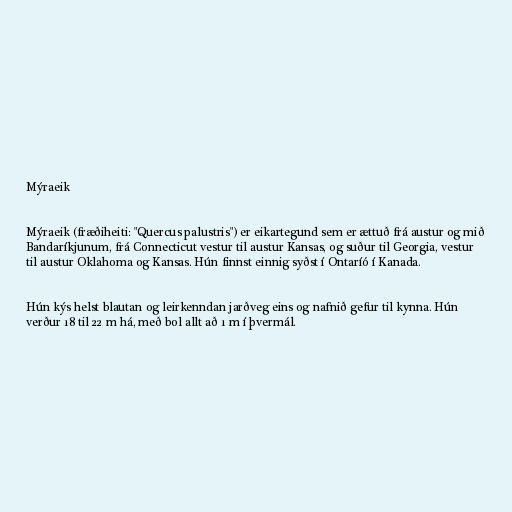
Mýraeik

Mýraeik (fræðiheiti: "Quercus palustris") er eikartegund sem er ættuð frá austur og mið
Bandaríkjunum, frá Connecticut vestur til austur Kansas, og suður til Georgia, vestur
til austur Oklahoma og Kansas. Hún finnst einnig syðst í Ontaríó í Kanada.

Hún kýs helst blautan og leirkenndan jarðveg eins og nafnið gefur til kynna. Hún
verður 18 til 22 m há, með bol allt að 1 m í þvermál.